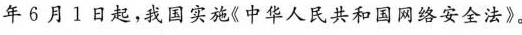
年6月1日起，我国实施《中华人民共和国网络安全法》。